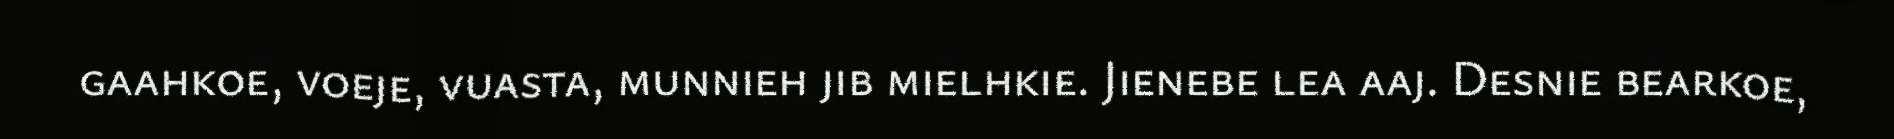
gaahkoe, voeje, vuasta, munnieh jib mielhkie. Jienebe lea aaj. Desnie bearkoe,